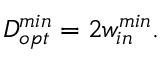
D _ { o p t } ^ { m i n } = 2 w _ { i n } ^ { m i n } .